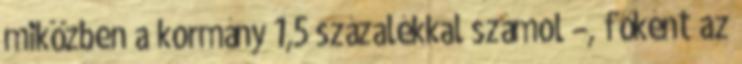
miközben a kormány 1,5 százalékkal számol –, főként az